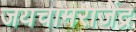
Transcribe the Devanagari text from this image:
जयचामराजेंद्र